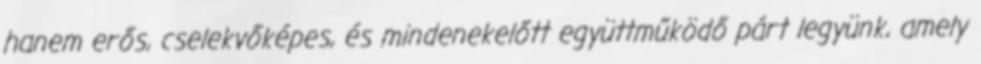
hanem erős, cselekvőképes, és mindenekelőtt együttműködő párt legyünk, amely